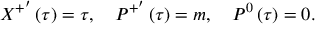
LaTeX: X ^ { + ^ { \prime } } \left( \tau \right) = \tau , \quad P ^ { + ^ { \prime } } \left( \tau \right) = m , \quad P ^ { 0 } \left( \tau \right) = 0 .